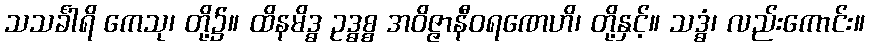
သသင်္ခါရိ ကေသု၊ တို့၌။ ထိနမိဒ္ဓ ဥဒ္ဓစ္စ အဝိဇ္ဇာနီဝရဏေဟိ၊ တို့နှင့်။ သဒ္ဓံ၊ လည်းကောင်း။